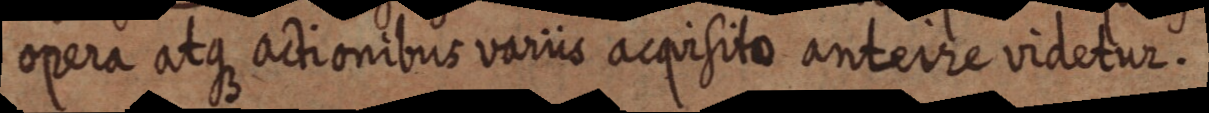
opera atque actionibus variis acquisito anteire videtur.